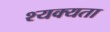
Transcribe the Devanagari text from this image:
श्यक्यता